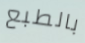
بالطبع